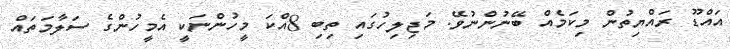
އައްޑޫ ރައްޔިތުން މިކަމެއް ބޭނުންނުވޭ. މަޖިލިހުގައި ތިބި 8އްކަ މީހުންނަކީ އެމީހުންގެ ސަލާމަތައް